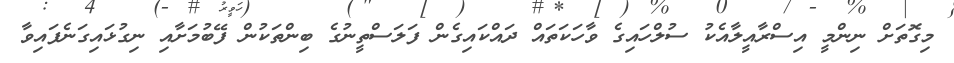
މިގޮތަށް ނިންމީ އިސްރާއީލާއެކު ސުލްހައިގެ ވާހަކަތައް ދައްކައިގެން ފަލަސްތީނުގެ ބިންތަކުން ފޭބުމަށާއި ނިގުޅައިގަނެފައިވާ